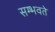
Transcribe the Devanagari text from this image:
सम्भवते